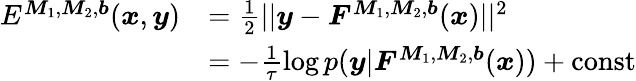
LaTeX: \begin{array}{rl}{E^{\boldsymbol{M}_{1},\boldsymbol{M}_{2},\boldsymbol{b}}(\boldsymbol{x},\boldsymbol{y})}&{=\frac{1}{2}||\boldsymbol{y}-\boldsymbol{F}^{\boldsymbol{M}_{1},\boldsymbol{M}_{2},\boldsymbol{b}}(\boldsymbol{x})||^{2}}\\ &{=-\frac{1}{\tau}\log p(\boldsymbol{y}|\boldsymbol{F}^{\boldsymbol{M}_{1},\boldsymbol{M}_{2},\boldsymbol{b}}(\boldsymbol{x}))+\mathrm{const}}\end{array}